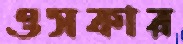
ওসকার